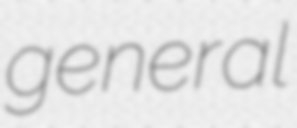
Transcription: general